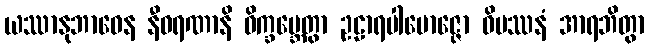
ယဿာနုဘာဝေန နီဝရဏာနိ ဝိက္ခမ္ဘေတွာ ဥဠာရပါမောဇ္ဇော ဝိပဿနံ အာရဘိတွာ